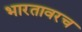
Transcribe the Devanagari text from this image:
भारतावरच